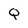
Character: Q